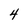
Character: 4